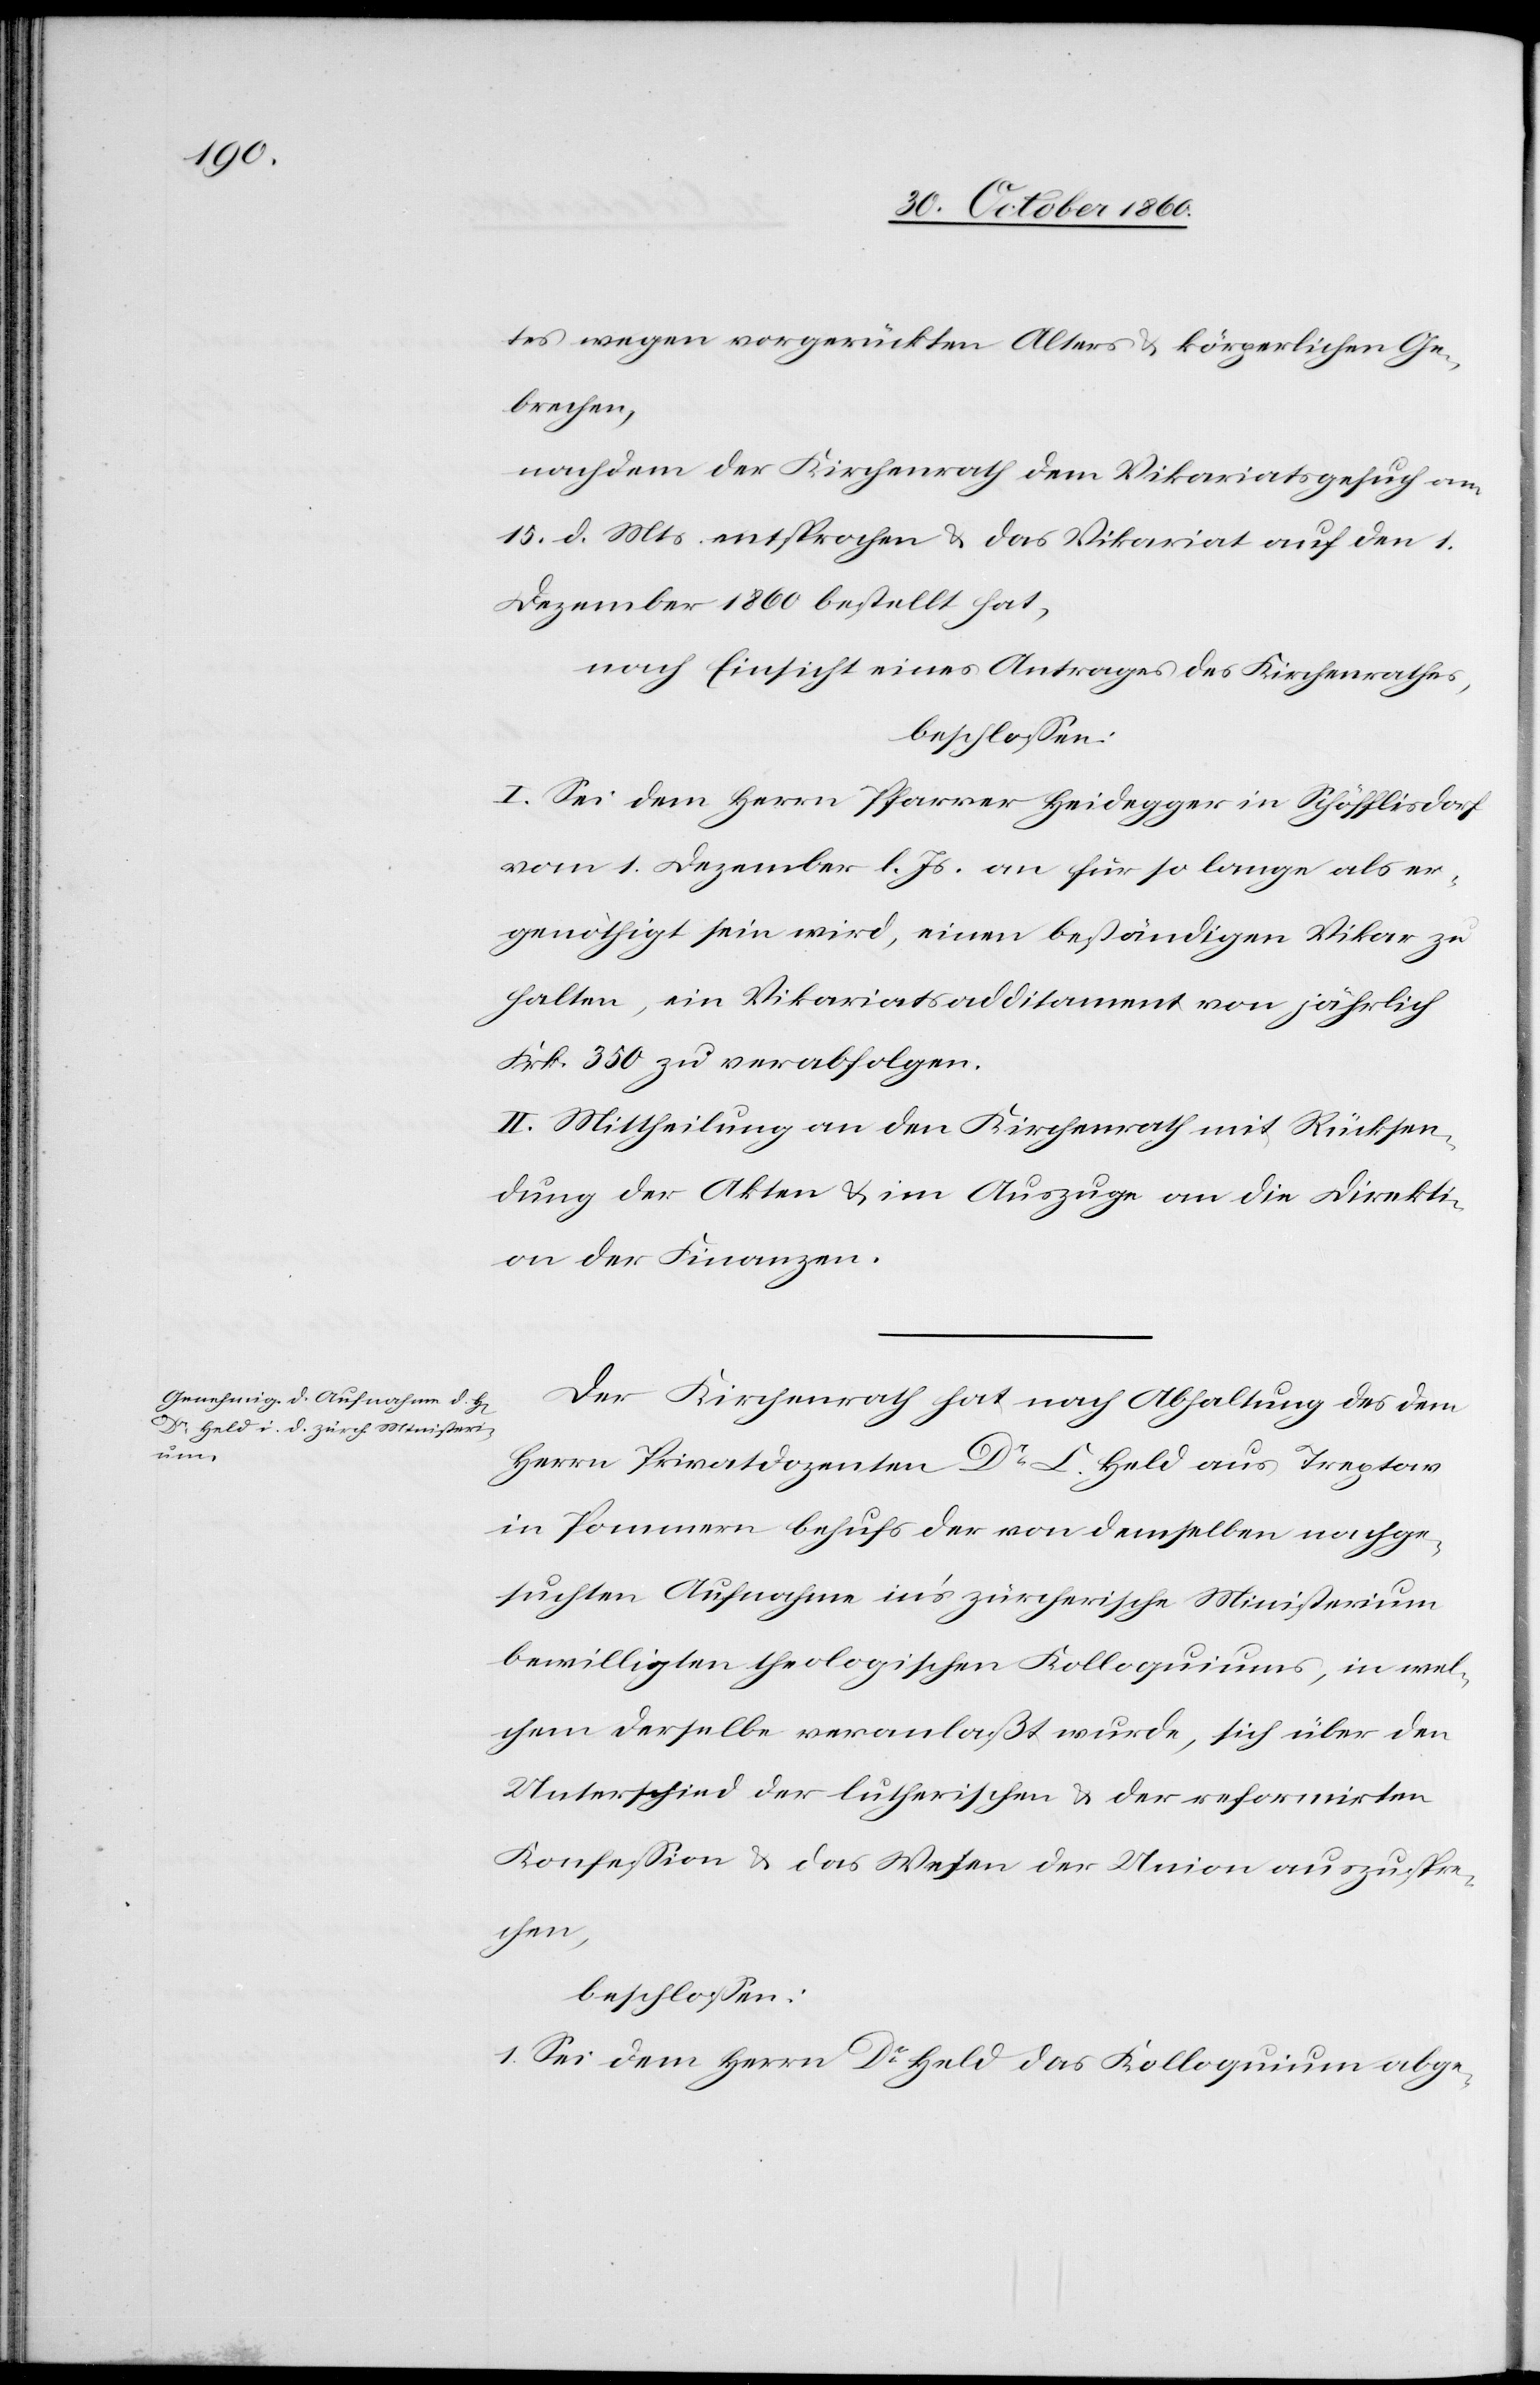
tes wegen vorgerückten Alters u. körperlichen Ge¬
brechen,
nachdem der Kirchenrath dem Vikariatsgesuch am
15. d. Mts. entsprochen u. das Vikariat auf den 1.
Dezember 1860 bestellt hat,
nach Einsicht eines Antrages des Kirchenrathes,
beschlossen:
I. Sei dem Herrn Pfarrer Heidegger in Schöfflisdorf
vom 1. Dezember l. Js. an für so lange als er¬
genöthigt [sic!] sein wird, einen beständigen Vikar zu
halten, ein Vikariatsadditament von jährlich
Frk. 350 zu verabfolgen.
II. Mittheilung an den Kirchenrath mit Rücksen¬
dung der Akten u. im Auszuge an die Direkti¬
on der Finanzen.
Der Kirchenrath hat nach Abhaltung des dem
Herrn Privatdozenten Dr L. Held aus Treptow
in Pommern behufs der von demselben nachge¬
suchten Aufnahme in’s zürcherische Ministerium
bewilligten theologischen Kolloquiums, in wel¬
chem derselbe veranlaßt wurde, sich über den
Unterschied der lutherischen u. der reformirten
Konfession u. das Wesen der Union auszuspre¬
chen,
beschlossen:
1. Sei dem Herrn Dr Held das Kolloquium abge-